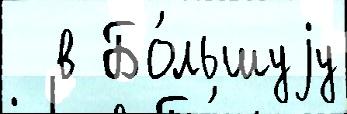
  в Бо́льшуjу